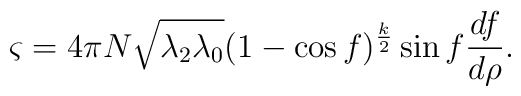
\varsigma =4\pi N\sqrt{\lambda_2\lambda_0} (1-\cos f)^{\frac{k}{2}} \sin f\frac{df}{d\rho} .